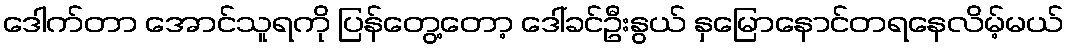
ဒေါက်တာ အောင်သူရကို ပြန်တွေ့တော့ ဒေါ်ခင်ဦးနွယ် နှမြောနောင်တရနေလိမ့်မယ်